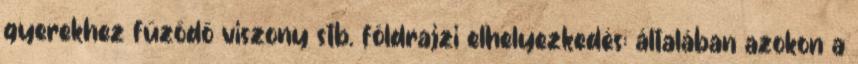
gyerekhez fűződő viszony stb. földrajzi elhelyezkedés: általában azokon a